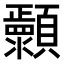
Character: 𬱐